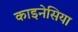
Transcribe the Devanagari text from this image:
काइनेसिया